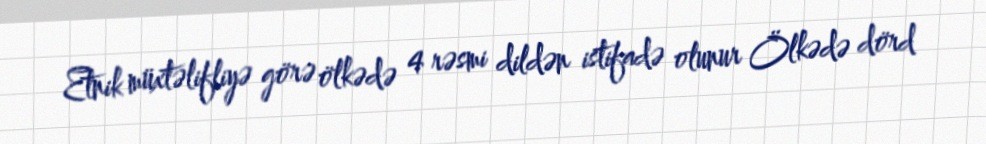
Etnik müxtəlifliyə görə ölkədə 4 rəsmi dildən istifadə olunur Ölkədə dörd